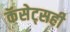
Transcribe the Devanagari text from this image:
कॅसेट्सही